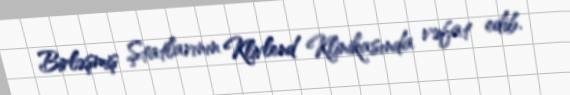
Birləşmiş Ştatlarının Klivlend Klinikasında vəfat edib.